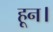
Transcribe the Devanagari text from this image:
हून।